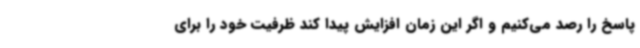
پاسخ را رصد می‌کنیم و اگر این زمان افزایش پیدا کند ظرفیت خود را برای